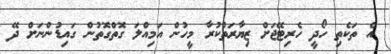
އެ ތަކެތި ހޯދީ ހެރިޓޭޖަށް ޒިޔާރަތްކުރާ މީހުން އަމިއްލަ ގޮތްގޮތުން ގައިޑުންނަށް ދޭ